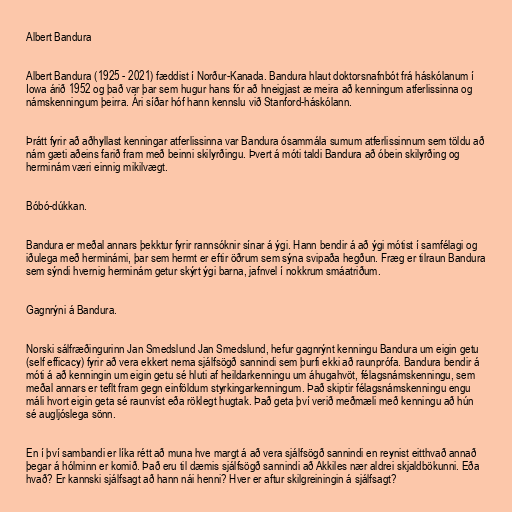
Albert Bandura

Albert Bandura (1925 - 2021) fæddist í Norður-Kanada. Bandura hlaut doktorsnafnbót frá háskólanum í
Iowa árið 1952 og það var þar sem hugur hans fór að hneigjast æ meira að kenningum atferlissinna og
námskenningum þeirra. Ári síðar hóf hann kennslu við Stanford-háskólann.

Þrátt fyrir að aðhyllast kenningar atferlissinna var Bandura ósammála sumum atferlissinnum sem töldu að
nám gæti aðeins farið fram með beinni skilyrðingu. Þvert á móti taldi Bandura að óbein skilyrðing og
herminám væri einnig mikilvægt.

Bóbó-dúkkan.

Bandura er meðal annars þekktur fyrir rannsóknir sínar á ýgi. Hann bendir á að ýgi mótist í samfélagi og
iðulega með herminámi, þar sem hermt er eftir öðrum sem sýna svipaða hegðun. Fræg er tilraun Bandura
sem sýndi hvernig herminám getur skýrt ýgi barna, jafnvel í nokkrum smáatriðum.

Gagnrýni á Bandura.

Norski sálfræðingurinn Jan Smedslund Jan Smedslund, hefur gagnrýnt kenningu Bandura um eigin getu
(self efficacy) fyrir að vera ekkert nema sjálfsögð sannindi sem þurfi ekki að raunprófa. Bandura bendir á
móti á að kenningin um eigin getu sé hluti af heildarkenningu um áhugahvöt, félagsnámskenningu, sem
meðal annars er teflt fram gegn einföldum styrkingarkenningum. Það skiptir félagsnámskenningu engu
máli hvort eigin geta sé raunvíst eða röklegt hugtak. Það geta því verið meðmæli með kenningu að hún
sé augljóslega sönn.

En í því sambandi er líka rétt að muna hve margt á að vera sjálfsögð sannindi en reynist eitthvað annað
þegar á hólminn er komið. Það eru til dæmis sjálfsögð sannindi að Akkiles nær aldrei skjaldbökunni. Eða
hvað? Er kannski sjálfsagt að hann nái henni? Hver er aftur skilgreiningin á sjálfsagt?